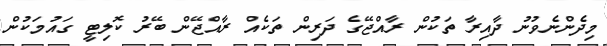
މިދެންނެވުނު ދާއިރާ ތަކުން ރާއްޖޭގެ ދަރިން ތަކެއް ރާއްޖޭން ބޭރު ކޮލިޓީ ގައުމަކުން